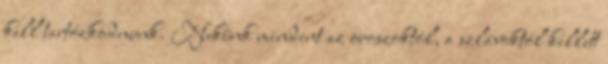
kell tartózkodnunk. Nekünk mindent az oroszoktól, a szlávoktól kellett